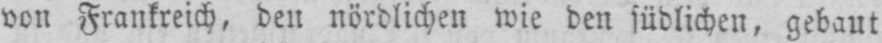
von Frankreich, den nördlichen wie den südlichen, gebaut